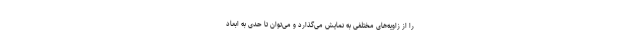
را از زاویه‌های مختلفی به نمایش می‌گذارد و می‌توان تا حدی به ابعاد